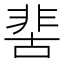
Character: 𩇵